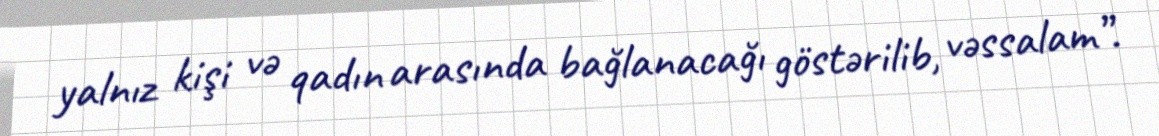
yalnız kişi və qadın arasında bağlanacağı göstərilib, vəssalam”.